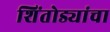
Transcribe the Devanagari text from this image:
शिंतोड्यांचा